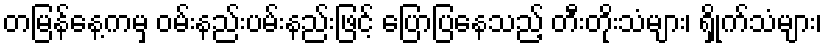
တမြန်နေ့ကမှ ဝမ်းနည်းပမ်းနည်းဖြင့် ပြောပြနေသည့် တီးတိုးသံများ၊ ရှိုက်သံများ၊